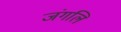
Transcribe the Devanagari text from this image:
जंगलि